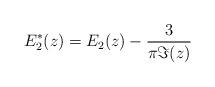
LaTeX: \begin{align*}E_2^*(z)=E_2(z)-\frac{3}{\pi \Im(z)}\end{align*}